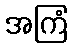
အကြံ